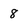
Character: 8